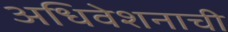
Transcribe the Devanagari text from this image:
अधिवेशनाची